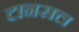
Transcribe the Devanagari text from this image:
टानसल